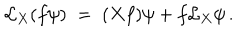
\mathcal { L } _ { X } ( f \psi ) \; = \; ( X f ) \psi + f \mathcal { L } _ { X } \psi \, .